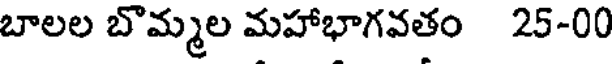
బాలల బొమ్మల మహాభాగవతం 25-00